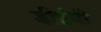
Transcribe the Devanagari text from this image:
डीईपी